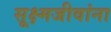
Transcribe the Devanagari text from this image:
सूक्ष्मजीवांना